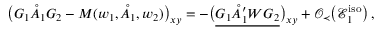
\big ( G _ { 1 } \mathring { A } _ { 1 } G _ { 2 } - M ( w _ { 1 } , \mathring { A } _ { 1 } , w _ { 2 } ) \big ) _ { \boldsymbol { x } \boldsymbol { y } } = - \big ( \underline { { G _ { 1 } \mathring { A } _ { 1 } ^ { \prime } W G _ { 2 } } } \big ) _ { \boldsymbol { x } \boldsymbol { y } } + \mathcal { O } _ { \prec } \big ( \mathcal { E } _ { 1 } ^ { \mathrm { i s o } } \big ) \, ,